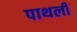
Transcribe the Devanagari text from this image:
पाथर्ली